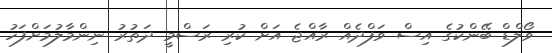
ވޯލްޑް ބޭންކުގެ އިސް ވަފްދެއް ރާއްޖެ އަށް ކުރި ރަސްމީ ދަތުރު ނިންމާލުމަށްފަހު